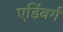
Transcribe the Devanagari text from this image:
एडिंबर्ग